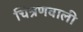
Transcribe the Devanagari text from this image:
चित्रणवाली